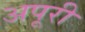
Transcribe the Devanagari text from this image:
अपूरी